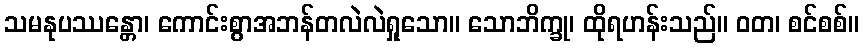
သမနုပဿန္တော၊ ကောင်းစွာအဘန်တလဲလဲရှုသော။ သောဘိက္ခု၊ ထိုရဟန်းသည်။ ဝတ၊ စင်စစ်။